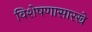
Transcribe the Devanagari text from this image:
विशेषणासारखे